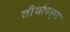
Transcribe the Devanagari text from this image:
तीर्थापसून